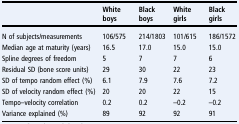
<table><thead><tr><td></td><td><b>White boys</b></td><td><b>Black boys</b></td><td><b>White girls</b></td><td><b>Black girls</b></td></tr></thead><tbody><tr><td>N of subjects/measurements</td><td>106/575</td><td>214/1803</td><td>101/615</td><td>186/1572</td></tr><tr><td>Median age at maturity (years)</td><td>16.5</td><td>17.0</td><td>15.0</td><td>15.0</td></tr><tr><td>Spline degrees of freedom</td><td>5</td><td>7</td><td>7</td><td>6</td></tr><tr><td>Residual SD (bone score units)</td><td>29</td><td>30</td><td>22</td><td>23</td></tr><tr><td>SD of tempo random effect (%)</td><td>6.1</td><td>7.9</td><td>7.6</td><td>7.2</td></tr><tr><td>SD of velocity random effect (%)</td><td>20</td><td>20</td><td>22</td><td>15</td></tr><tr><td>Tempo–velocity correlation</td><td>0.2</td><td>0.2</td><td>–0.2</td><td>–0.2</td></tr><tr><td>Variance explained (%)</td><td>89</td><td>92</td><td>92</td><td>91</td></tr></tbody></table>